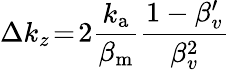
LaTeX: \Delta k_{z}\! =\! 2\frac{k_{\mathrm{a}}}{\beta_{\mathrm{m}}}\frac{1-\beta_{v}^{\prime}}{\beta_{v}^{2}}